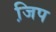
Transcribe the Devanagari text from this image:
जि़प